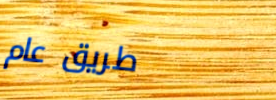
طريق عام